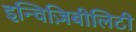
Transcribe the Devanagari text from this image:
इन्विज़िबीलिटी